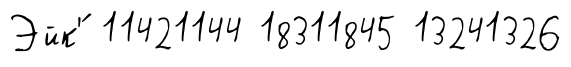
Эйк'́ 11421144 18311845 13241326